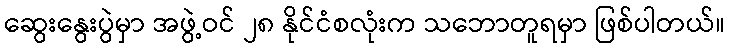
ဆွေးနွေးပွဲမှာ အဖွဲ့ဝင် ၂၈ နိုင်ငံစလုံးက သဘောတူရမှာ ဖြစ်ပါတယ်။